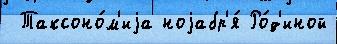
 Таксоно́м'иjа ноjабр'я́ Ро́д'иной